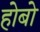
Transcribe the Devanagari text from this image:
होबो